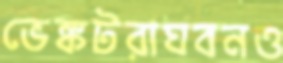
ভেঙ্কটরাঘবনও